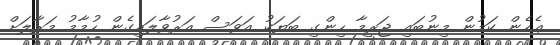
ޢެހެން ކަމުން މިނުބައި ޖަރީމާ ހިންގި ބަޔަކު އަވަސް އަރުވާލައިގެން ހުމާމު މަރާލަށް